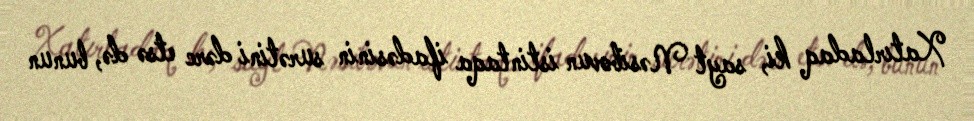
Xatırladaq ki, sayt Nəsibovun istintaqa ifadəsinin surətini dərc etsə də, bunun